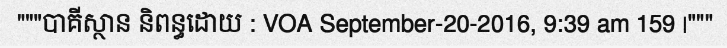
"""បាគីស្ថាន និពន្ធដោយ : VOA September-20-2016, 9:39 am 159 |"""